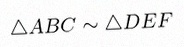
\triangle ABC\sim\triangle DEF